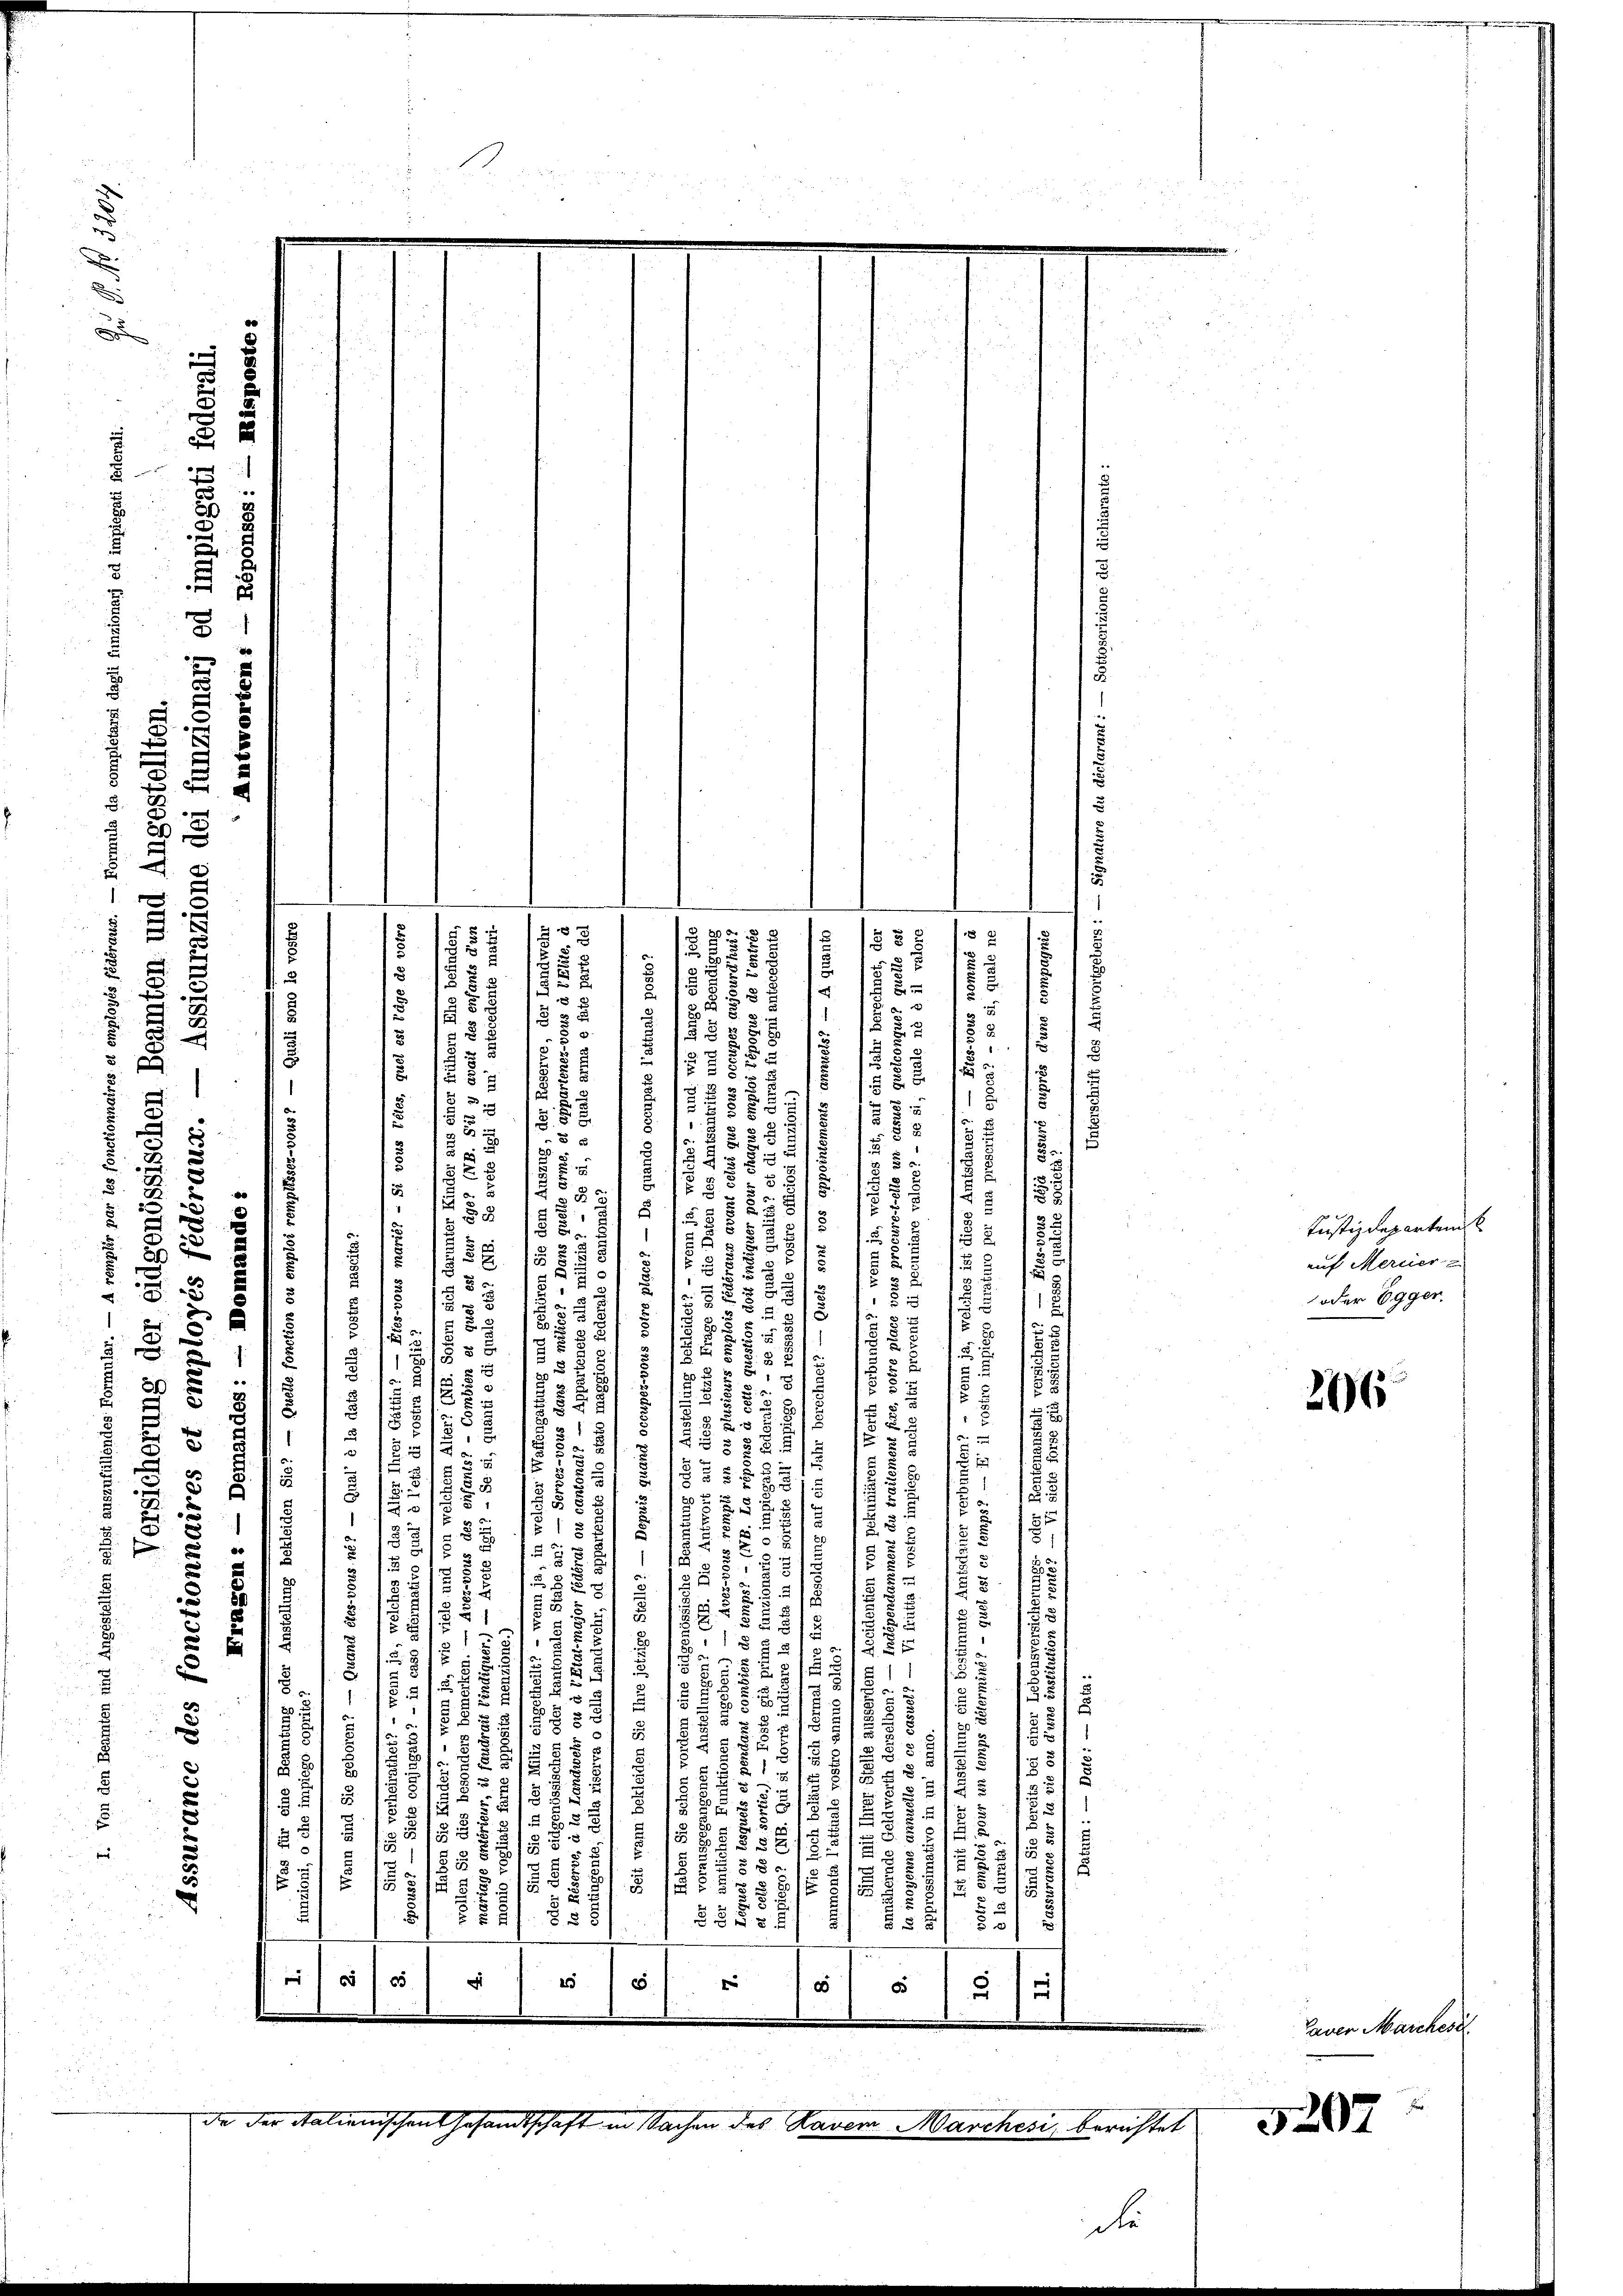
.
.

8 x
5 § 3
5
d

2
x

 8
2
 x
3
e
x

2
5
3
0
5
5
5.
2
d
2

1
n
d
.

 8
1
 x

2
 x
1

223
E
e
5
d
x
u

.

2
8
8
5
2
2

5
i

2

.
p
3

e
8

55
e
5

x
25.
u

.
2
u
8
.
2
5
1
2 x
 i
2
12 x

55 x
e
23

d
 5
.
2
d
a
5
5
t
 5 x
§ §. 21
8
2
i
u
5
3

55
e
155
2
8

a
2
5

7
§ 2
.
 xx
.

nd
 2

1
3
29
t
2
 8 x
i
 3:
5
5
3
u
5
5
12
E
u
d
u
u
 x
8
8
s
dr und
.
d
§ 15
p

.
2
5
82
u

88
e
.
5
55
8
5
3
u
e

5
u ein
6
u
e
 51 x
5
 x
f
3
1
1

e
.

6
s
.

d
5
5
u
5
u

8
u
57.
5 x
.
u
3
u
35
2
  5
5
51.
27
5 E
n
2
f
u
1
d
d
5 x
§. 2
 § 2 x
1
8

u

d
2 x
i
5
x
3
5
8
8
 58 x
15

28
i
.
§ § § 38
.
5
12

E f
5
5
1
§ 1 f 55 xx
5
2
15
51
g
5 x
u
f 5 x
§§ 8
 xx
5 x

 5
65
e
25
x
e
8
§ 15

da der Salienischen Gesandtschaft in Sachen des Ravem Marchesi, berichtet

e
u

u
.

e
.
E
8
.
n
.
e
2
8
.
x
7
1
u

2

de

206

Taver Marches

4

Iustizdepartem
auf Mercier
oder 60ger